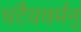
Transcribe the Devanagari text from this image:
चटैयवर्मऩ्